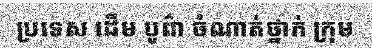
ប្រទេស ដើម បូព៌ា ចំណាត់ថ្នាក់ ក្រុម